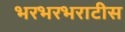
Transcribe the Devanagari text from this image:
भरभरभराटीस